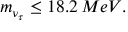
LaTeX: m _ { \nu _ { \tau } } \leq 1 8 . 2 \, M e V .